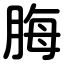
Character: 脢